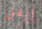
إيفل